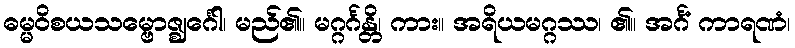
ဓမ္မဝိစယသမ္ဗောဇ္ဈင်္ဂေါ၊ မည်၏။ မဂ္ဂင်္ဂန္တိ၊ ကား။ အရိယမဂ္ဂဿ၊ ၏။ အင်္ဂံ ကာရဏံ၊